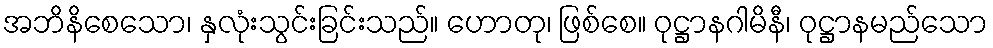
အဘိနိစေသော၊ နှလုံးသွင်းခြင်းသည်။ ဟောတု၊ ဖြစ်စေ။ ဝုဋ္ဌာနဂါမိနီ၊ ဝုဋ္ဌာနမည်သော